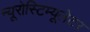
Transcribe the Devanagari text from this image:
न्यूरोस्टिम्यूलेटर